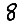
Digit: 8